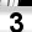
Digit: 3